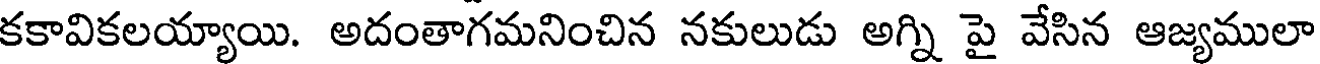
కకావికలయ్యాయి. అదంతాగమనించిన నకులుడు అగ్ని పై వేసిన ఆజ్యములా